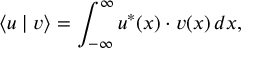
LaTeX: \langle u \mid v \rangle = \int _ { - \infty } ^ { \infty } u ^ { * } ( x ) \cdot v ( x ) \, d x ,